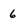
Character: 6